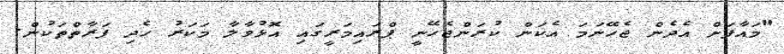
"މައާފަށް އެދެން ޖެހޭނަމަ އެކަން ކުރަންޖެހޭނީ ޕްރައިމަރީގައި އޮޅުވާލާ މަކަރު ހެދި ފަރާތްތަކުން.